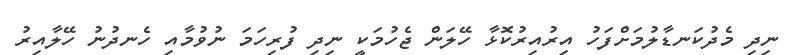
ނިދި މެދުކަނޑާލުމަށްފަހު އިރުއިރުކޮޅާ ހޭލަން ޖެހުމަކީ ނިދި ފުރިހަމަ ނުވުމާއި ހެނދުނު ހޭލާއިރު